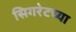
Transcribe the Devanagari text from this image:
सिगरेटच्या